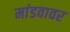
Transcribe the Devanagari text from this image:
मांडवावर